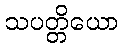
သပတ္တိယော